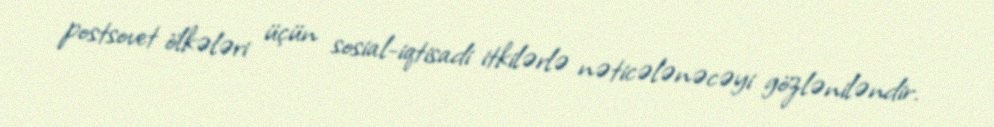
postsovet ölkələri üçün sosial-iqtisadi itkilərlə nəticələnəcəyi gözləniləndir.